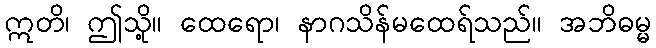
ဣတိ၊ ဤသို့။ ထေရော၊ နာဂသိန်မထေရ်သည်။ အဘိဓမ္မ